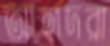
আহাদরা